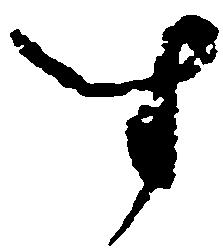
す